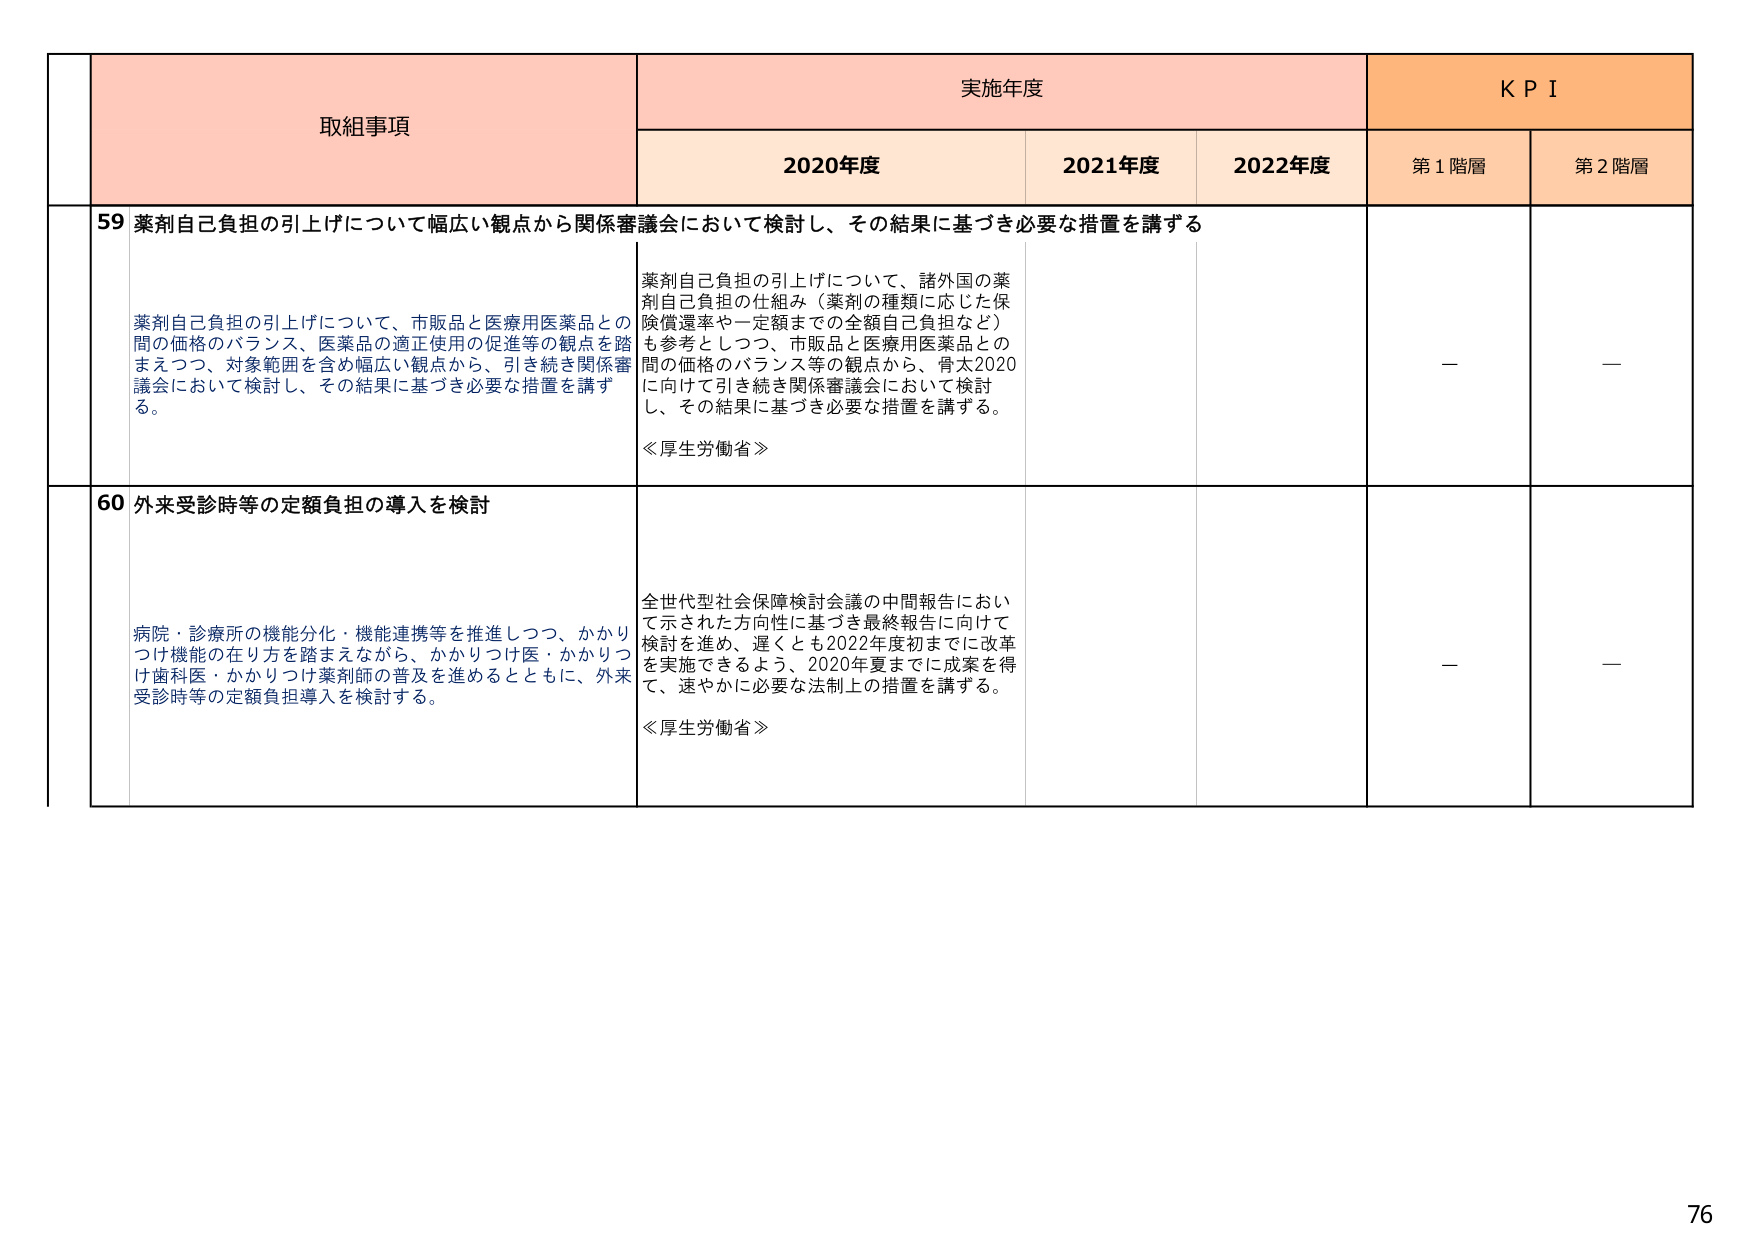
取組事項
実施年度
K P I
2020年度
2021年度
2022年度
第1階層
第2階層
59 薬剤自己負担の引上げについて幅広い観点から関係審議会において検討し、その結果に基づき必要な措置を講ずる
薬剤自己負担の引上げについて、市販品と医療用医薬品との間の価格のバランス、医薬品の適正使用の促進等の観点を踏まえつつ、対象範囲を含め幅広い観点から、引き続き関係審議会において検討し、その結果に基づき必要な措置を講ずる。
薬剤自己負担の引上げについて、諸外国の薬剤自己負担の仕組み（薬剤の種類に応じた保険償還率や一定額までの全額自己負担など）も参考としつつ、市販品と医療用医薬品との間の価格のバランス等の観点から、骨太2020に向けて引き続き関係審議会において検討し、その結果に基づき必要な措置を講ずる。
≪厚生労働省≫
—
—
60 外来受診時等の定額負担の導入を検討
病院・診療所の機能分化・機能連携等を推進しつつ、かかりつけ機能の在り方を踏まえながら、かかりつけ医・かかりつけ歯科医・かかりつけ薬剤師の普及を進めるとともに、外来受診時等の定額負担導入を検討する。
全世代型社会保障検討会議の中間報告において示された方向性に基づき最終報告に向けて検討を進め、遅くとも2022年度初めまでに改革を実施できるよう、2020年夏までに成案を得て、速やかに必要な法制上の措置を講ずる。
≪厚生労働省≫
—
—
76